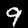
Label: 9